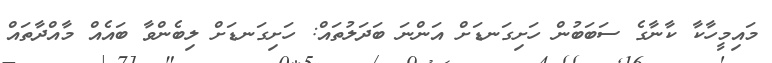
މައިމީހާކާ ކާނާގެ ސަބަބުން ހަށިގަނޑަށް އަންނަ ބަދަލުތައް: ހަށިގަނޑަށް ލިބެންވާ ބައެއް މާއްދާތައް